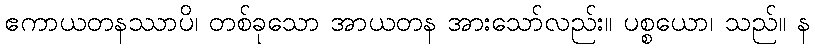
ဧကာယတနဿာပိ၊ တစ်ခုသော အာယတန အားသော်လည်း။ ပစ္စယော၊ သည်။ န